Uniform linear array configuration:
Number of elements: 16
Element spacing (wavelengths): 1
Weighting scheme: uniform
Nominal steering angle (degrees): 0
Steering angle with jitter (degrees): -1.392
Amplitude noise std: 0.05
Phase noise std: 0.05

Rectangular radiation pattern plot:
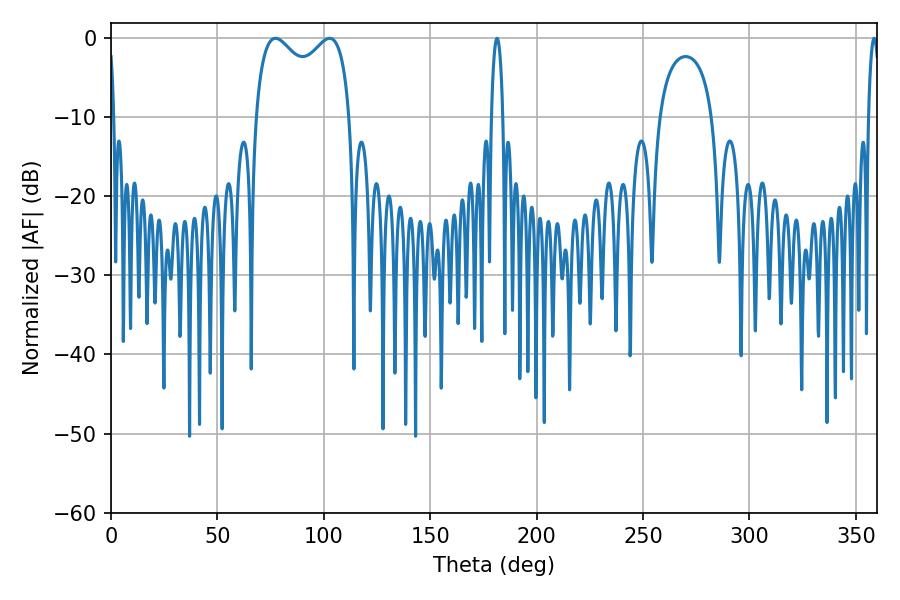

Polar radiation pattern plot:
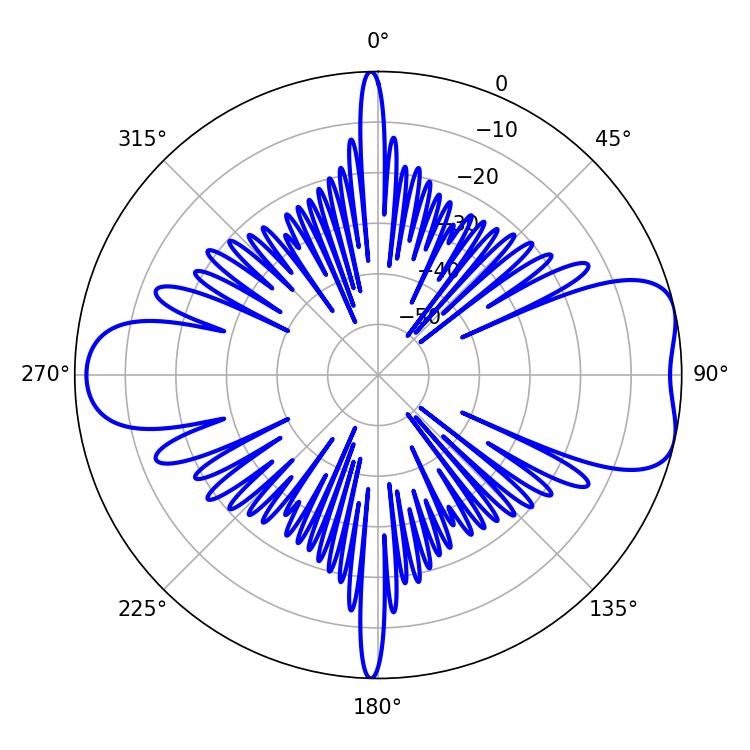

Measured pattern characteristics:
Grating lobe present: TRUE
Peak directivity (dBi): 7.516
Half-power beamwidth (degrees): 37.08
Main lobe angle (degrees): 77.22